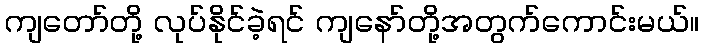
ကျတော်တို့ လုပ်နိုင်ခဲ့ရင် ကျနော်တို့အတွက်ကောင်းမယ်။